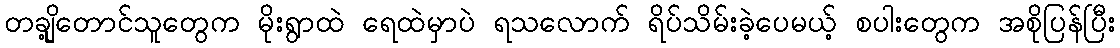
တချို့တောင်သူတွေက မိုးရွာထဲ ရေထဲမှာပဲ ရသလောက် ရိပ်သိမ်းခဲ့ပေမယ့် စပါးတွေက အစိုပြန်ပြီး